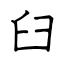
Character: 臼